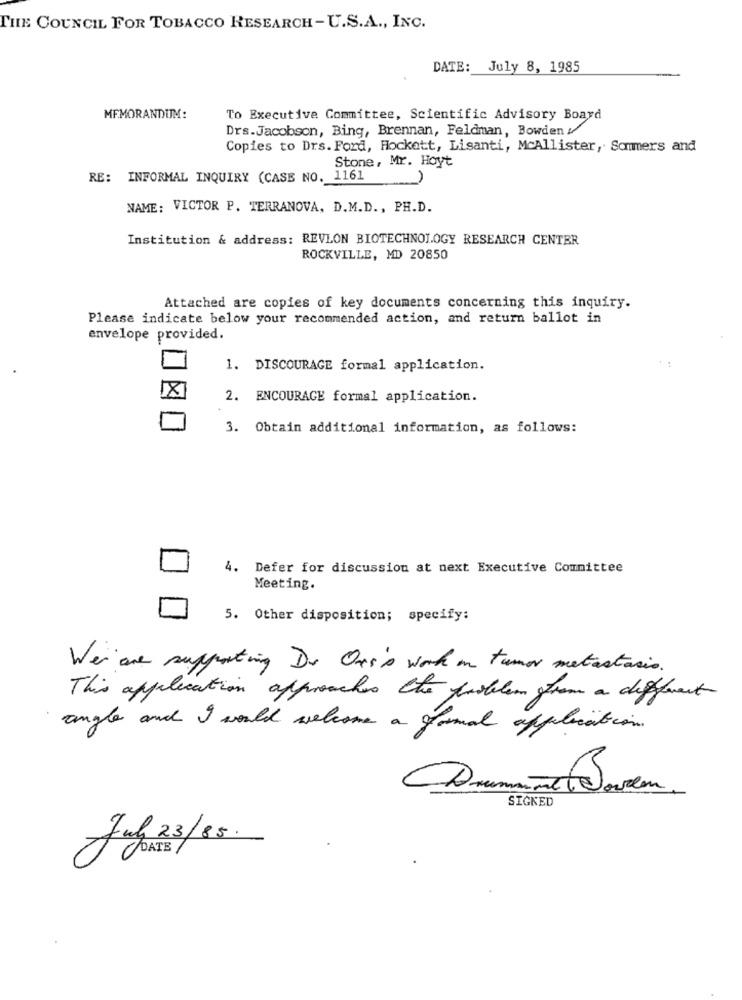
THE COUNCIL FOR TOBACCO RESEARCH - U.S.A ., INC.
DATE: July 8, 1985
MEMORANDUM:
To Executive Committee, Scientific Advisory Board
Drs.Jacobson, Bing, Brennan, Feldman, Bowden !
Copies to Drs. Ford, Hockett, Lisanti, McAllister, Sommers and
Stone, Mr. Hoyt
RE: INFORMAL INQUIRY (CASE NO. 1161
NAME: VICTOR P. TERRANOVA, D.M.D ., PH.D.
Institution & address: REVLON BIOTECHNOLOGY RESEARCH CENTER
ROCKVILLE, MD 20850
Attached are copies of key documents concerning this inquiry.
Please indicate below your recommended action, and return ballot in
envelope provided.
1
1. DISCOURAGE formal application.
2. ENCOURAGE formal application.
3. Obtain additional information, as follows:
4. Defer for discussion at next Executive Committee
Meeting.
5. Other disposition; specify:
We are supporting Do Ons's work in tumor metastasis.
This application approaches the problem gfrom a different
angle and I would welcome a gamal application .
SIGKED
Jul 3/85.